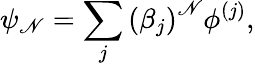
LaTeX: \psi_{\mathscr{N}}=\sum_{j}\left(\beta_{j}\right)^{\mathscr{N}}\phi^{\left(j\right)},